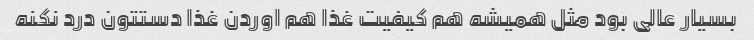
بسیار عالی بود مثل همیشه هم کیفیت غذا هم اوردن غذا دستتون درد نکنه